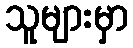
သူများမှာ